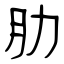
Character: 肋